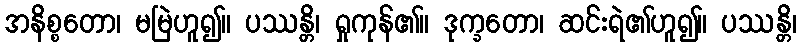
အနိစ္စတော၊ မမြဲဟူ၍။ ပဿန္တိ၊ ရှုကုန်၏။ ဒုက္ခတော၊ ဆင်းရဲ၏ဟူ၍။ ပဿန္တိ၊